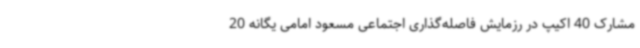
مشارک 40 اکیپ در رزمایش فاصله‌گذاری اجتماعی مسعود امامی یگانه 20